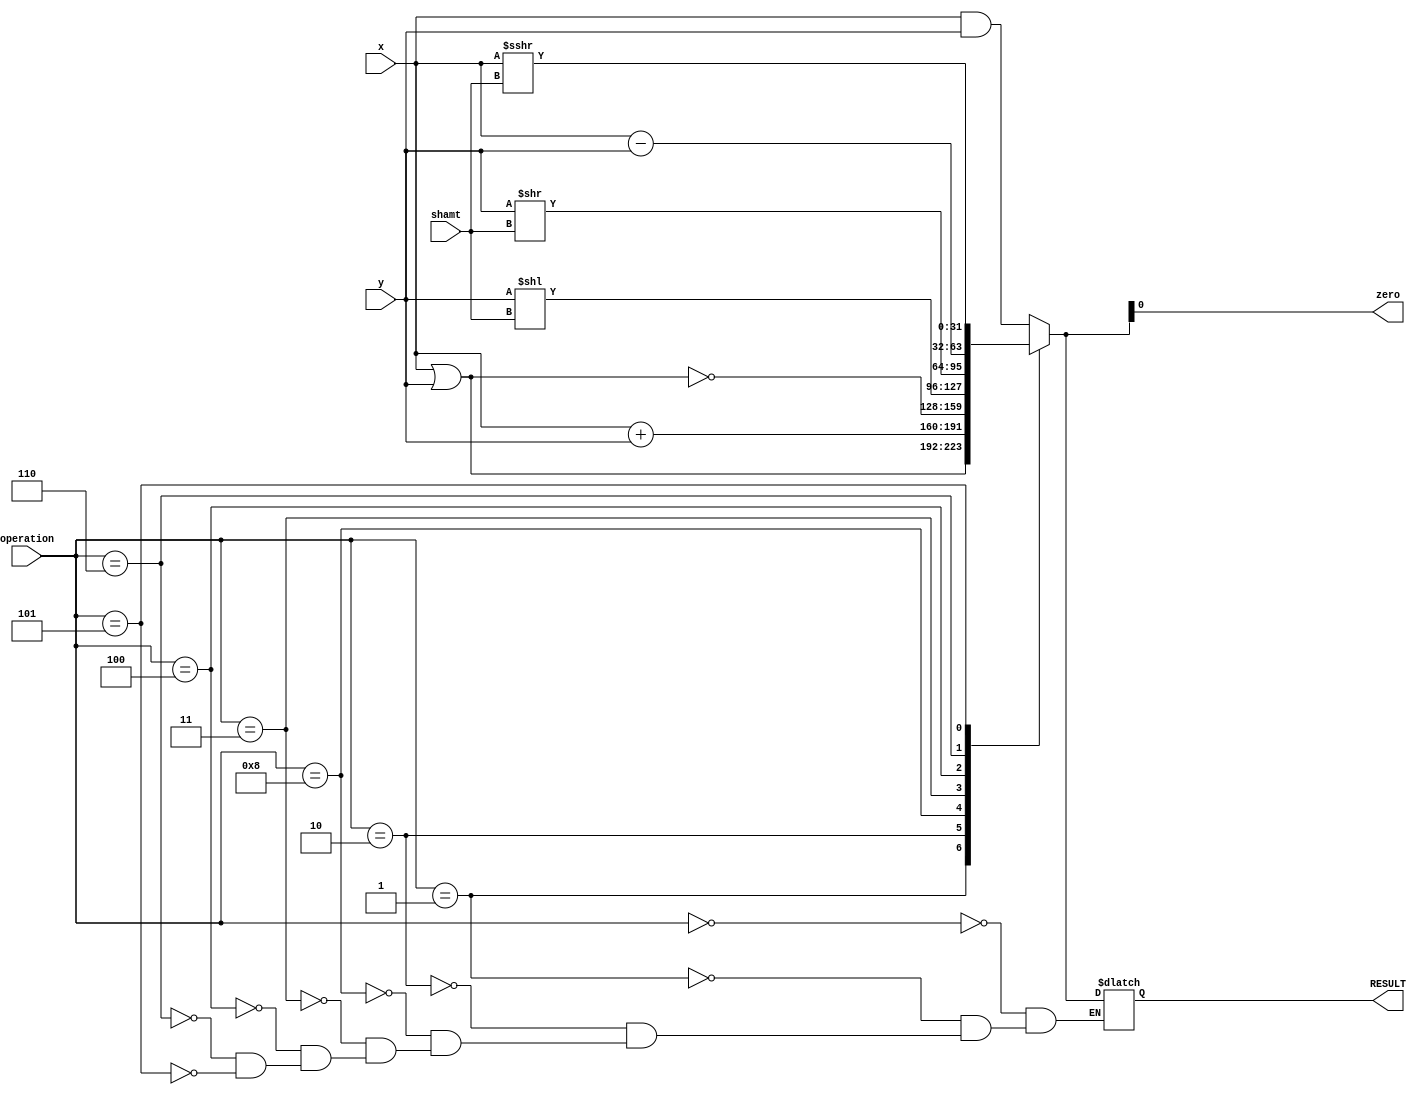
//ALU
//000 AND
//001 OR
//010 add
//110 sub
//111 set on less than
//2 32 bit bus in and one out

module ALU (input [3:0] operation,input [31:0] x, input [31:0] y, input [4:0] shamt, output reg [31:0] RESULT, output reg zero);
	parameter AND = 4'b0000;
	parameter OR  = 4'b0001;
	parameter ADD = 4'b0010;
	parameter SUB = 4'b0110;
	parameter SLL = 4'b0011;
	parameter SRL = 4'b0100;
	parameter SLT = 4'b0111;
	parameter SRA = 4'b0101;
	parameter NOR = 4'b1000;
always @(x,y,operation, shamt)
begin
case(operation)
	AND : RESULT = x & y;
	OR : RESULT = x | y;
	ADD : RESULT = x + y;
	NOR : RESULT = ~(x | y);
	SLL : RESULT = y << shamt;
	SRL : RESULT = y >> shamt;
	SUB : RESULT = x - y;
	
	SLT : 
		begin
			if ((x - y)>0)
			zero=1'b1;
			else
			zero=1'b0;
		end
	SRA : RESULT = x>>>shamt;
	default;
endcase
	zero = RESULT[0];
end
endmodule